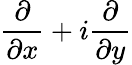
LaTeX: {\frac{\partial}{\partial x}}+i{\frac{\partial}{\partial y}}